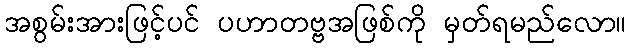
အစွမ်းအားဖြင့်ပင် ပဟာတဗ္ဗအဖြစ်ကို မှတ်ရမည်လော။